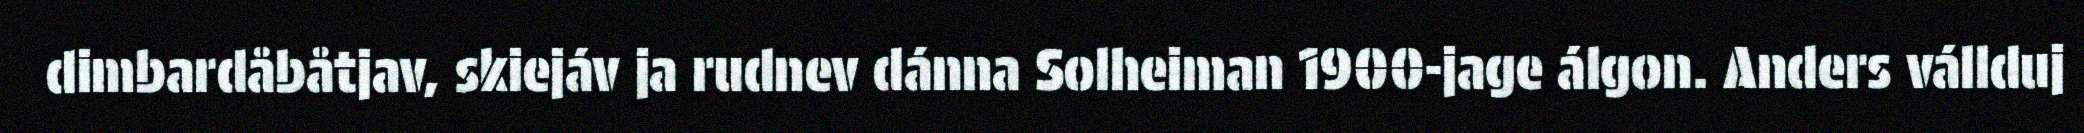
dimbardåbåtjav, skiejáv ja rudnev dánna Solheiman 1900-jage álgon. Anders vállduj